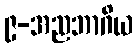
၉-အညဘာဂိယ